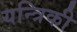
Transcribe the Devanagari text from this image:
यन्त्रिकी